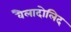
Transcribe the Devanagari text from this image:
वैलादोलिद